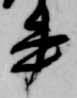
書